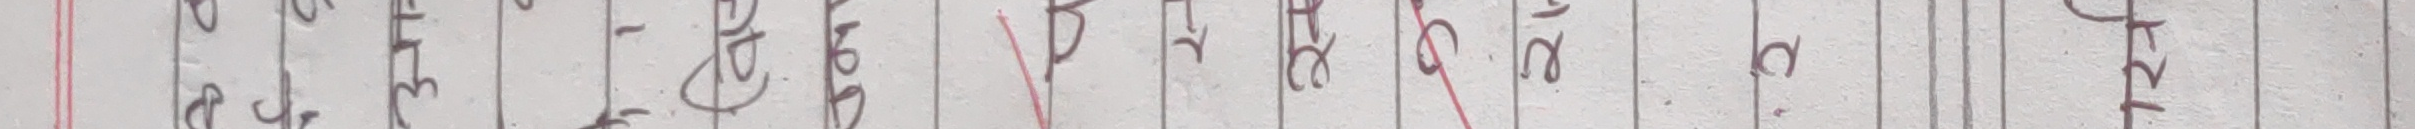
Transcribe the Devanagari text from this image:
भन्दा बाहिर ०। प्रहार